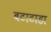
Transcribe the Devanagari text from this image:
बटाटाडा